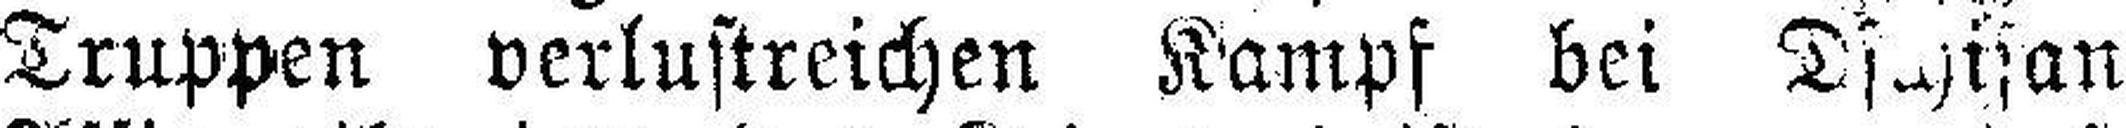
Truppen verlustreichen Kampf bei Dschisan